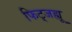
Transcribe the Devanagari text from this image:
फिट्जह्यू